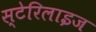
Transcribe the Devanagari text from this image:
स्टेरिलाइज